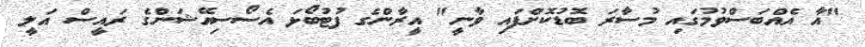
"އާ އެއްބަސްވުމުގައި މުސާރަ ބޮޑުކޮށްފައި ވާނީ" އީރާންގެ ފުޓުބޯޅަ އެސޯސިއޭޝަންގެ ރައީސް އަލީ